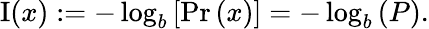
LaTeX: \operatorname{I}(x):=-\log_{b}{\left[\operatorname*{Pr}{\left(x\right)}\right]}=-\log_{b}{\left(P\right)}.